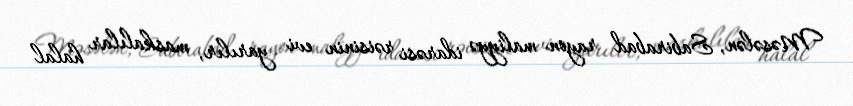
Məsələn, Sabirabad rayon maliyyə idarəsi rəisinin evi yarılır, maskalılar halal